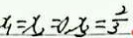
x _ { 1 } = x _ { 2 } = 0 , x _ { 3 } = \frac { 2 } { 3 }